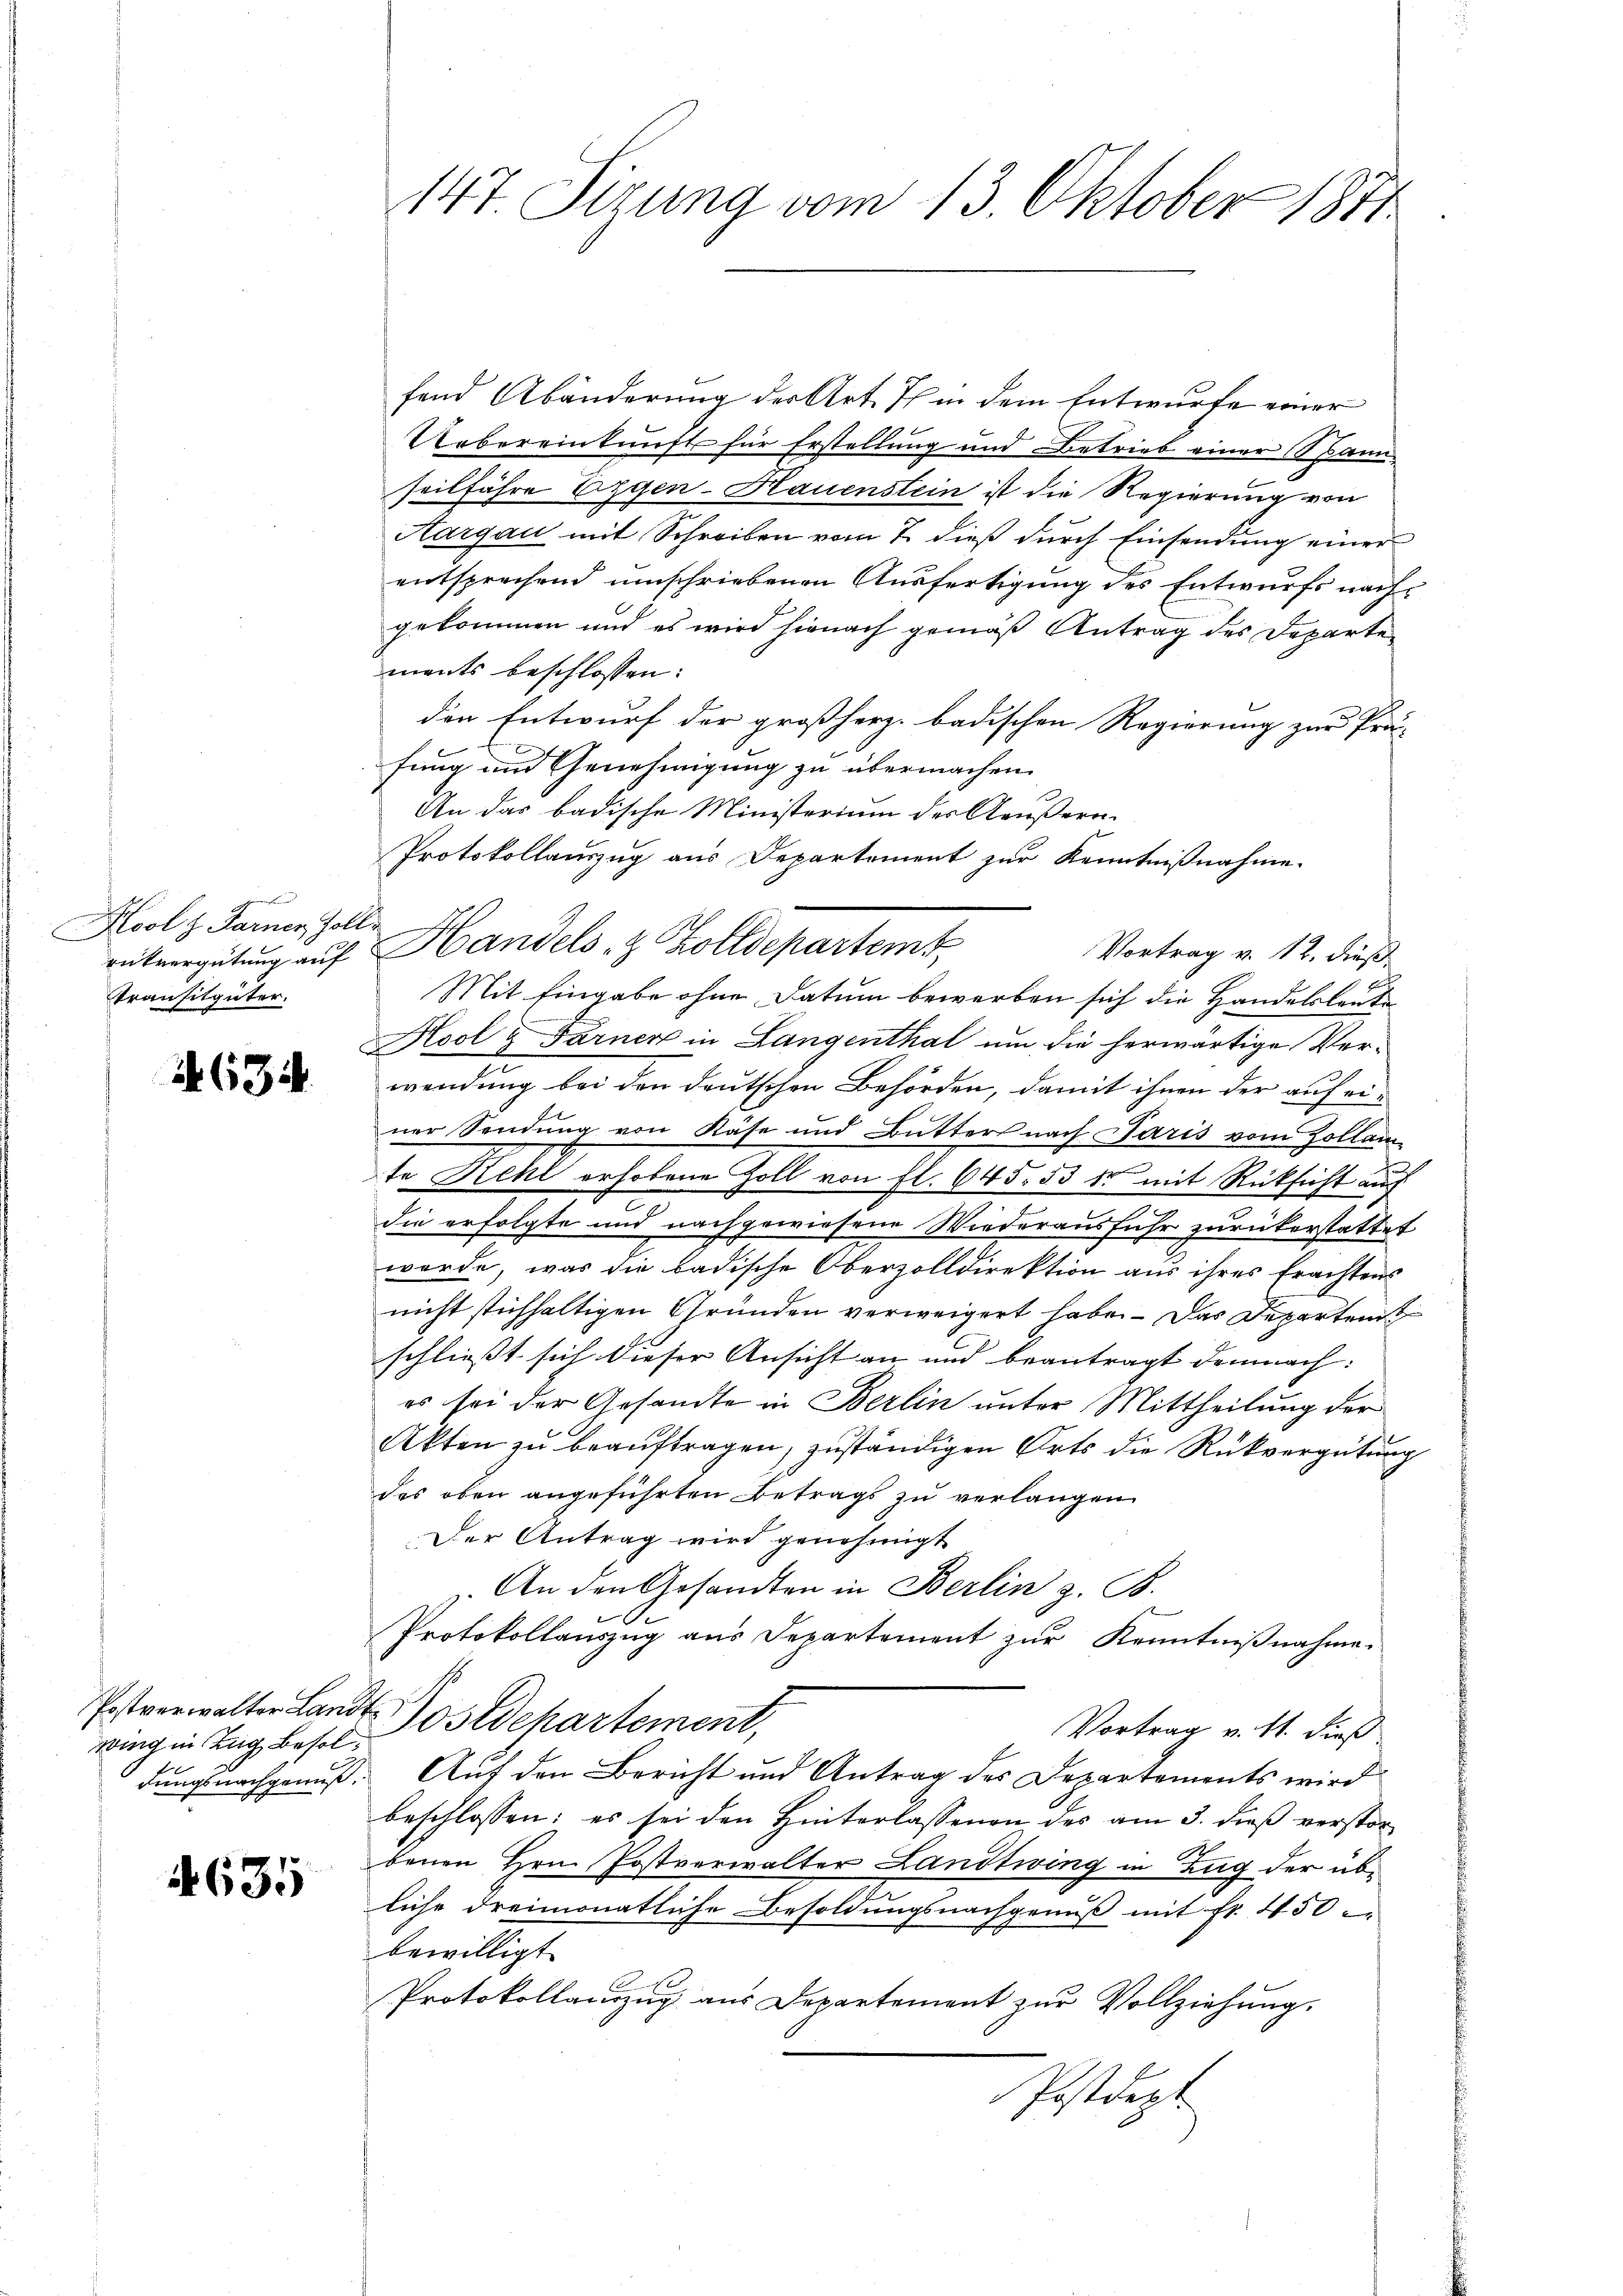
.
Kool z. Sarner Zolle
Transitgüter.

634

wing in Zug Besolf

4635

fend Abänderung der Art. Ich in dem Entwurfe einer
Uebereinkunft für Erstellung und Betrieb einer Spann-
seilführe Etyen-Hauenstein ist die Regierung von
Aargau mit Schreiben vom 7. dieß durch Einsendung einer
entsprechend umschriebenen Ausfertigung des Entwurfs nachgekommen und es wird hienach gemäß Antrag des Departen
ments beschlossen:
den Entwurf der großherz. badischen Regierung zur Prä-
fung und Genehmigung zu übermachen.
An das badische Ministerium der Aeußern.
Protokollauszug aus Departement zur Kenntnißnahme.
rükvergütung auf Handels- & Zolldepartem
Vortrag v. 12. dieß
Mit Eingabe ohne Datum bewerben sich die Handelsleut
Hool & Farner in Langenthal um die herwärtige Ver-
wendung bei den deutschen Behörden, damit ihnen der auf einer Sendung von Käse und Butter nach Paris vom Zollam-
te Rehl erhobene Zoll von fl. 645. 53 de mit Rücksicht auf
die erfolgte und nachgewiesene Wiederausfuhr zurückerstattet
werde, was die badische Oberzolldirektion aus ihres Erachtens
nicht stichhaltigen Gründen verweigert habe. – Das Departen
schließt sich dieser Ansicht an und beantragt demnach:
es sei der Gesandte in Berlin unter Mittheilung der
Akten zu beauftragen, zuständigen Orts die Rückvergütung
das oben angeführten Betrags zu verlangen
Der Antrag wird genehmigt
 An den Gesandten in Berlin z. B.
Protokollauszug aus Departement zur Kenntnißnahme.
Postverwalter Landt Postdehartement,
Vortrag v. 11. dieß
dungsnachgenuß. Auf den Bericht und Antrag des Departements wird
beschlossen: es sei den Hinterlassenen des am 3. dieß verstor
benen Hrn. Postverwalter Landtwing in Zug der übliche dreimonatliche Besoldungsnachgenuß mit fr. 450
bewilligt
Protokollanzug aus Departement zur Vollziehung.
Postdept

147. Sizung vom 13. Oktober 1871